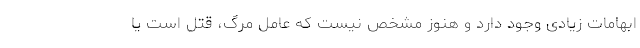
ابهامات زیادی وجود دارد و هنوز مشخص نیست که عامل مرگ، قتل است یا